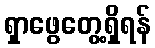
ရှာဖွေတွေ့ရှိရန်